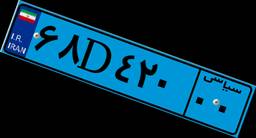
۸۷D۴۴۲۵۵